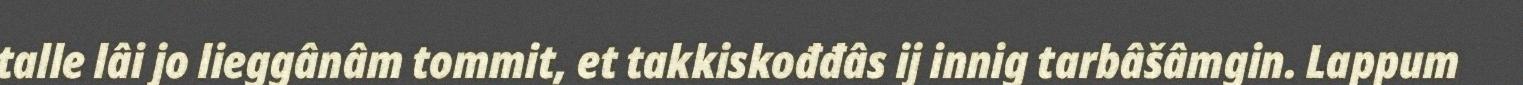
talle lâi jo lieggânâm tommit, et takkiskođđâs ij innig tarbâšâmgin. Lappum